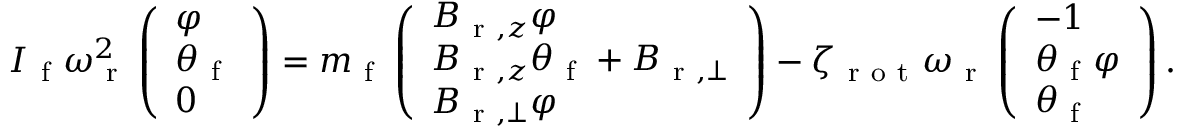
\begin{array} { r } { I _ { \mathrm { ~ f ~ } } \omega _ { \mathrm { ~ r ~ } } ^ { 2 } \left( \begin{array} { l } { \varphi } \\ { \theta _ { \mathrm { ~ f ~ } } } \\ { 0 } \end{array} \right) = m _ { \mathrm { ~ f ~ } } \left( \begin{array} { l } { B _ { \mathrm { ~ r ~ } , z } \varphi } \\ { B _ { \mathrm { ~ r ~ } , z } \theta _ { \mathrm { ~ f ~ } } + B _ { \mathrm { ~ r ~ } , \perp } } \\ { B _ { \mathrm { ~ r ~ } , \perp } \varphi } \end{array} \right) - \zeta _ { \mathrm { ~ r ~ o ~ t ~ } } \omega _ { \mathrm { ~ r ~ } } \left( \begin{array} { l } { - 1 } \\ { \theta _ { \mathrm { ~ f ~ } } \varphi } \\ { \theta _ { \mathrm { ~ f ~ } } } \end{array} \right) . } \end{array}